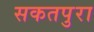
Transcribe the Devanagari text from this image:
सकतपुरा